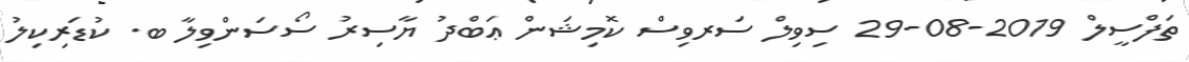
ތަފްސީލް 2019-08-29 ސިވިލް ސަރވިސް ކޮމިޝަން ޢަބްދު ޔާސިރު ސޯސަންވިލާ ބ. ކުޑަރިކިލު